Lunatic asylums Bombay report 1878-1890 - 1878-1890
Year: 1878
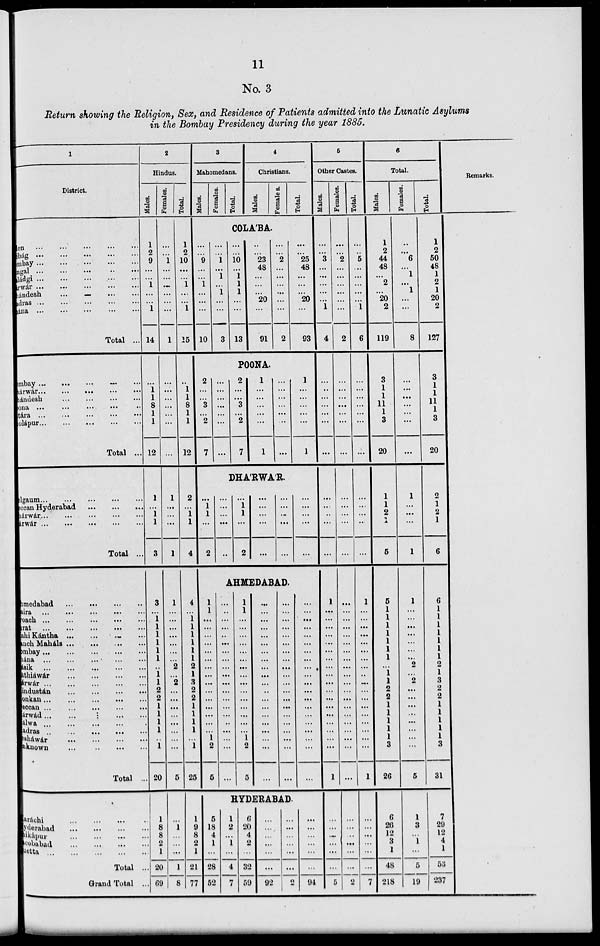
11
No. 3
Return showing the Religion, Sex, and Residence of Patients admitted into the Lunatic Asylums
in the Bombay Presidency during the year 1885.
1
District.
en ... ... ... ... ...
ibág ... ... ... ... ...
Bombay ... ... ... ... ...
ngal ... ... ... ... ...
aládgi ... ... ... ... ...
árwár ... ... ... ... ...
hándesh ... ... ... ... ...
adras ... ... ... ... ...
nána ... ... ... ... ...
Total ...
Bombay ... ... ... ... ...
nárwár ... ... ... ... ...
hándesh ... ... ... ... ...
ona ... ... ... ... ...
Satára ... ... ... ... ...
Solápur ... ... ... ... ...
Total ...
Belgaum ... ... ... ... ...
Deccan Hyderabad ... ... ... ... ...
árwár ... ... ... ... ...
árwár ... ... ... ... ...
Total ... ... ... ... ...
ahmedabad ... ... ... ... ...
aira ... ... ... ... ...
roach ... ... ... ... ...
Surat ... ... ... ... ...
ahi Kántha ... ... ... ...
anch Maháls ... ... ... ...
Bombay ... ... ... ... ...
hána ... ... ... ... ...
Násik ... ... ... ... ...
áthiáwár ... ... ... ... ...
áwár ... ... ... ... ...
industán ... ... ... ... ...
onkan ... ... ... ... ...
Deccan ... ... ... ... ...
árwád ... ... ... ... ...
álwa ... ... ... ... ...
Madras ... ... ... ... ...
shawar ... ... ... ...
nknown ... ... ... ...
Total ...
Karáchi ... ... ... ... ...
Hyderabad ... ... ... ... ...
ikapur ... ... ... ... ...
acobabad ... ... ... ...
uetta ... ... ... ... ...
Total ..
Grand Total ..
2
Hindus.
Males.
1
2
9
...
...
1
...
...
1
14
...
1
1
8
1
1
12
1
...
1
1
3
3
...
1
1
1
1
1
1
...
1
1
2
2
1
1
1
1
...
1
20
1
8
8
2
1
20
69
Females.
...
...
1
...
...
...
...
...
...
1
...
...
...
...
...
...
...
1
...
...
...
1
1
...
...
...
...
...
...
...
2
...
2
...
...
...
...
...
...
...
...
5
...
1
...
...
...
1
8
Total.
1
2
10
...
...
1
...
...
1
15
...
1
1
8
1
1
12
2
...
1
1
4
4
...
1
1
1
1
1
1
2
1
3
2
2
1
1
1
1
...
1
25
1
9
8
2
1
21
77
3
Mahomedans.
Males.
Females.
Total.
4
Christians.
Males.
Females.
Total.
COLÁBA.
...
...
9
...
...
1
...
...
...
10
...
...
1
...
1
...
1
...
...
3
...
...
10
...
1
1
1
...
...
13
...
23
48
...
...
...
20
...
91
...
...
2
...
...
...
...
...
...
2
...
...
25
48
...
...
...
20
...
93
POONA.
2
...
...
3
...
2
7
...
...
...
...
...
...
...
2
...
...
3
...
2
7
1
...
...
...
...
...
1
...
...
...
...
...
...
...
1
...
...
...
...
...
1
DHÁRWÁR.
...
1
1
...
2
...
...
...
...
...
...
1
1
...
2
...
...
...
...
...
...
...
...
...
...
...
...
...
...
...
AHMEDABAD.
1
1
...
...
...
...
...
...
...
...
...
...
...
...
...
...
...
1
2
5
...
...
...
...
..
...
...
...
...
...
...
...
...
...
...
...
...
...
...
...
1
1
...
...
...
...
...
...
...
...
...
...
...
...
...
...
...
1
2
5
...
...
...
...
...
...
...
...
...
...
...
...
...
...
...
...
...
...
...
...
...
...
...
...
...
...
...
...
...
...
...
...
...
...
...
...
...
...
...
...
...
...
...
...
...
...
...
...
...
...
...
...
...
...
...
...
...
...
...
...
HYDERABAD.
5
18
4
1
...
28
52
1
2
...
1
...
4
7
6
20
4
2
...
32
59
...
...
...
...
...
...
92
...
...
...
...
...
...
2
...
...
...
...
...
...
94
5
Other Castes.
Males.
...
...
3
...
...
...
...
...
1
4
...
...
...
...
...
...
...
...
...
...
...
...
1
...
...
...
...
...
...
...
...
...
...
...
...
...
...
...
...
...
...
1
...
...
...
...
...
...
5
Females.
...
...
2
...
...
...
...
...
...
2
...
...
...
...
...
...
...
...
...
...
...
...
...
...
...
...
...
...
...
...
...
...
...
...
...
...
...
...
...
...
...
...
...
...
...
...
...
...
2
Total.
...
...
5
...
...
...
...
...
1
6
...
...
...
...
...
...
...
...
...
...
...
...
1
...
...
...
...
...
...
...
...
...
...
...
...
...
...
...
...
...
...
1
...
...
...
...
...
...
7
6
Total.
Males.
1
2
44
48
...
2
...
20
2
119
3
1
1
11
1
3
20
1
1
2
1
5
5
1
1
1
1
1
1
1
...
1
1
2
2
1
1
1
1
1
3
26
6
26
12
3
1
48
218
Females.
...
...
6
...
1
...
1
...
...
8
...
...
...
...
...
...
...
1
...
...
...
1
1
...
...
...
...
...
...
...
2
...
2
...
...
...
...
...
...
...
...
5
1
3
...
1
...
5
19
Total.
1
2
50
48
1
2
1
20
2
127
3
1
1
11
1
3
20
2
1
2
1
6
6
1
1
1
1
1
1
1
2
1
3
2
2
1
1
1
1
1
3
31
7
29
12
4
1
53
237
Remarks.